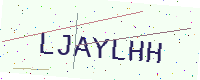
Text: LJAYLHH